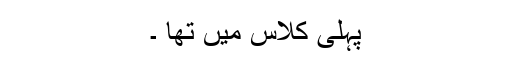
پہلی کلاس میں تھا ۔